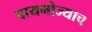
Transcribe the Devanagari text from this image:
पायमोज्याच